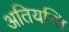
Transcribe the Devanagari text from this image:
अतियन्ति